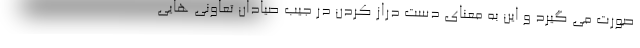
صورت می گیرد و این به معنای دست دراز کردن در جیب صیادان تعاونی هایی